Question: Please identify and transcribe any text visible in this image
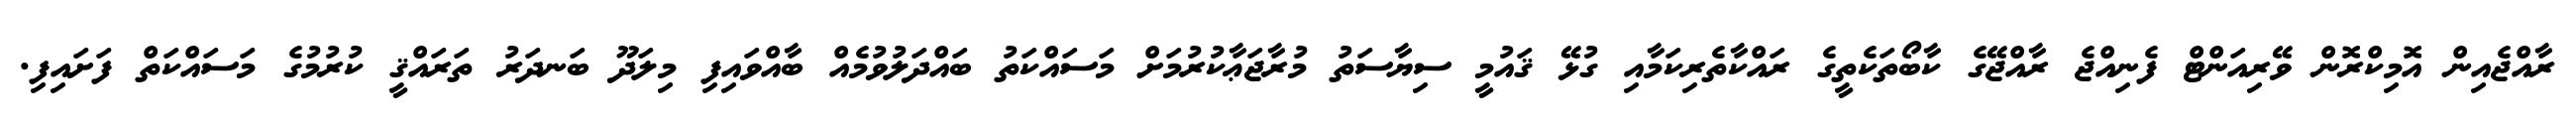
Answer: ރާއްޖެއިން އޮމިކްރޮން ވޭރިއަންޓް ފެނިއްޖެ ރާއްޖޭގެ ކާބޯތަކެތީގެ ރައްކާތެރިކަމާއި ގުޅޭ ޤައުމީ ސިޔާސަތު މުރާޖަޢާކުރުމަށް މަސައްކަތު ބައްދަލުވުމެއް ބާއްވައިފި މިލަދޫ ބަނދަރު ތަރައްޤީ ކުރުމުގެ މަސައްކަތް ފަށައިފި.